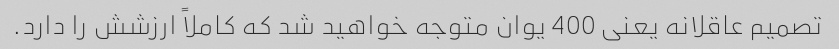
تصمیم عاقلانه یعنی 400 یوان متوجه خواهید شد که کاملاً ارزشش را دارد.